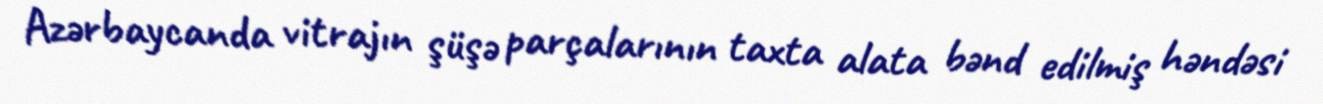
Azərbaycanda vitrajın şüşə parçalarının taxta alata bənd edilmiş həndəsi